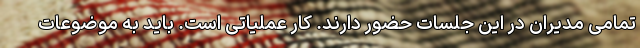
تمامی مدیران در این جلسات حضور دارند. کار عملیاتی است. باید به موضوعات